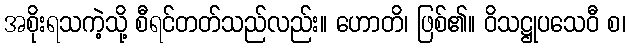
အစိုးရသကဲ့သို့ စီရင်တတ်သည်လည်း။ ဟောတိ၊ ဖြစ်၏။ ဝိသဋ္ဌုပသေဝီ စ၊